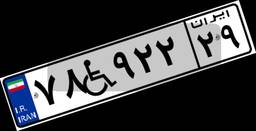
۷۸W۹۲۲۲۹